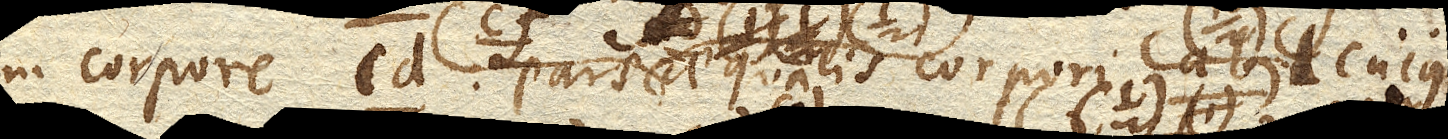
in corpore cd. pars cf. aequalis corpori ab., cujus